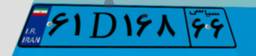
۶۱D۱۶۸۶۶